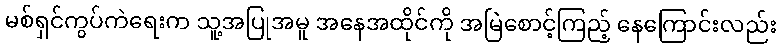
မစ်ရှင်ကွပ်ကဲရေးက သူ့အပြုအမူ အနေအထိုင်ကို အမြဲစောင့်ကြည့် နေကြောင်းလည်း